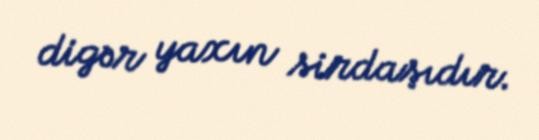
digər yaxın sirdaşıdır.